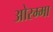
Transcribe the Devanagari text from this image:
ओरम्मा